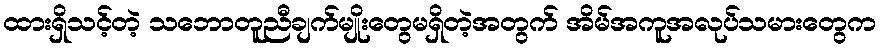
ထားရှိသင့်တဲ့ သဘောတူညီချက်မျိုးတွေမရှိတဲ့အတွက် အိမ်အကူအလုပ်သမားတွေက